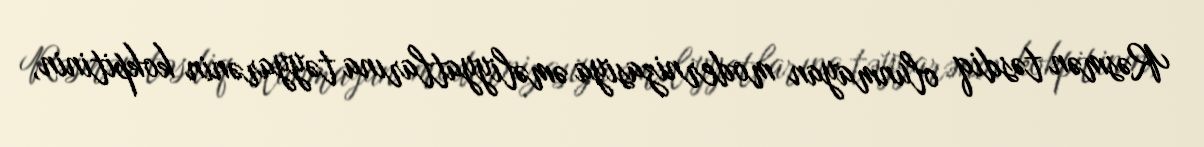
Rəsmən təsdiq olunmayan modernizasiya əməliyyatlarına təyyarənin kokpitinin,